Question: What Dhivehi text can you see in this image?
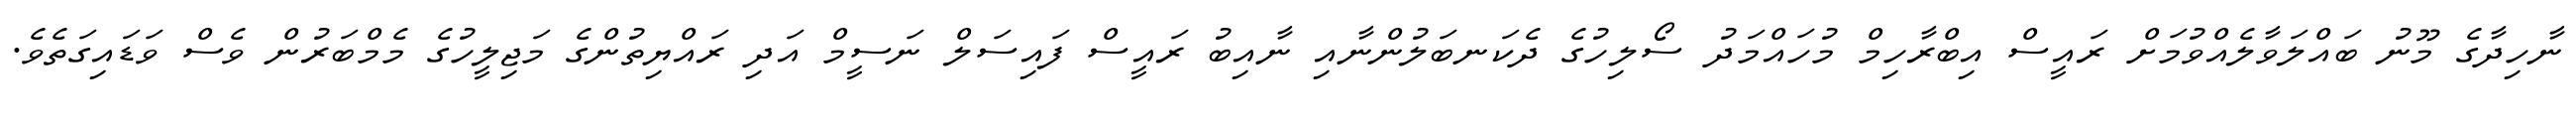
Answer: ނާހިދާގެ މޫނު ބައްލަވާލެއްވުމަށް ރައީސް އިބްރާހިމް މުހައްމަދު ސޯލިހުގެ ދެކަނބަލުންނާއި ނާއިބު ރައީސް ފައިސަލް ނަސީމް އަދި ރައްޔިތުންގެ މަޖިލީހުގެ މެމްބަރުން ވެސް ވަޑައިގަތެވެ.